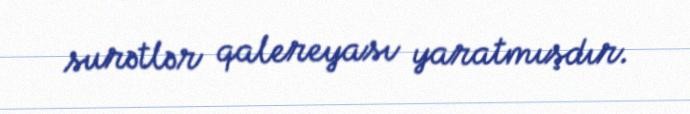
surətlər qalereyası yaratmışdır.